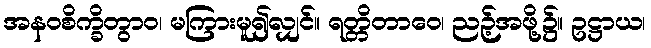
အနဝစိက္ခိတွာဝ၊ မကြားမူ၍လျှင်။ ရတ္တိတာဝေ၊ ညဉ့်အဖို့၌။ ဥဋ္ဌာယ၊